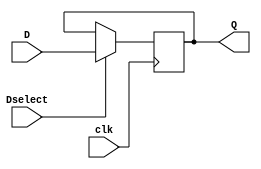
`timescale 1ns / 1ps
//////////////////////////////////////////////////////////////////////////////////
// Company: 
// Engineer: 
// 
// Design Name: 
// Module Name: neg_DFF32
// Project Name: 
// Target Devices: 
// Tool Versions: 
// Description: 
// 
// Dependencies: 
// 
// Revision:
// Revision 0.01 - File Created
// Additional Comments:
// 
//////////////////////////////////////////////////////////////////////////////////


module neg_DFF32(Dselect, clk, D, Q);
    input [31:0] D;
    input clk, Dselect;
    output reg [31:0] Q;

//    assign newclk = clk & Dselect;
//        always @(negedge newclk) begin
//            Q = D;
//    end    
    
    
    always @(negedge clk) begin
        if (Dselect==1'b1)  Q = D;
    end
endmodule